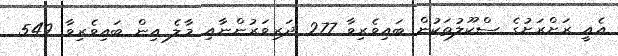
އެއީ ރަށްރަށުގެ ސްކޫލުތަކުން ބައިވެރިވާ 277 ދަރިވަރުންނާއި މާލެ އިން ބައިވެރިވާ 549